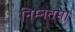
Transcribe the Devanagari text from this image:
निम्नतम।